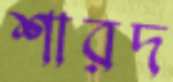
শারদ